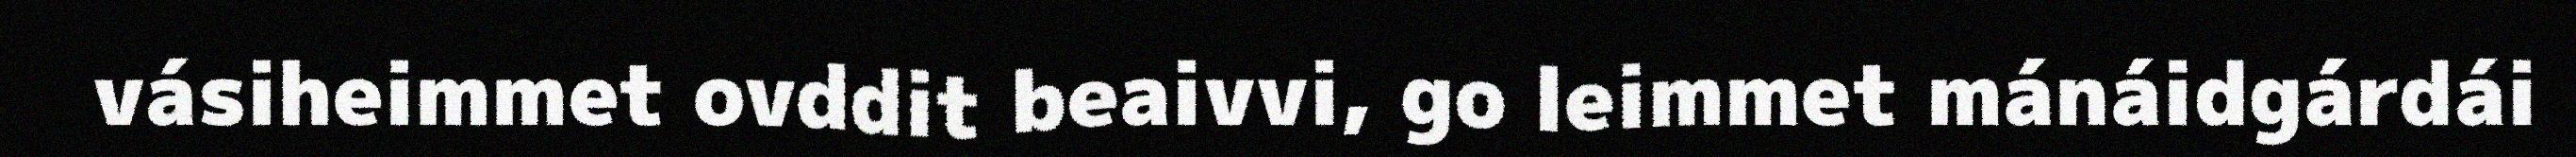
vásiheimmet ovddit beaivvi, go leimmet mánáidgárdái